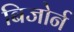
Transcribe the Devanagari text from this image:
बिजोर्न